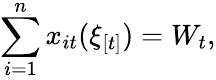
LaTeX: \sum_{i=1}^{n}x_{it}(\xi_{[t]})=W_{t},